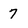
Character: 7